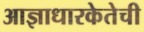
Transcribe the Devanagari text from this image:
आज्ञाधारकेतेची